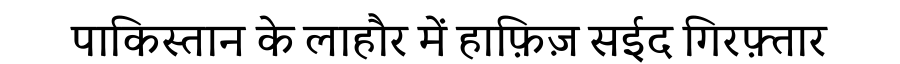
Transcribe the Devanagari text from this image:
पाकिस्तान के लाहौर में हाफ़िज़ सईद गिरफ़्तार